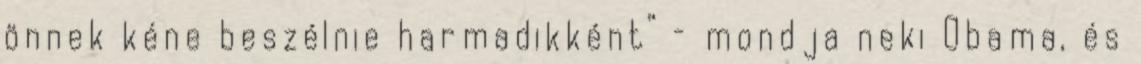
önnek kéne beszélnie harmadikként” – mondja neki Obama, és